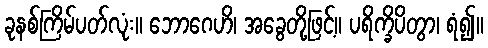
ခုနစ်ကြိမ်ပတ်လုံး။ ဘောဂေဟိ၊ အခွေတို့ဖြင့်။ ပရိက္ခိပိတွာ၊ ရံ၍။